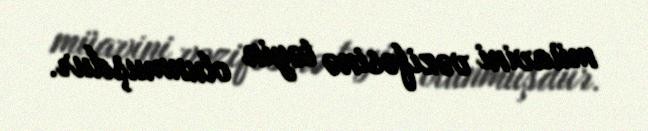
müavini vəzifəsinə təyin olunmuşdur.